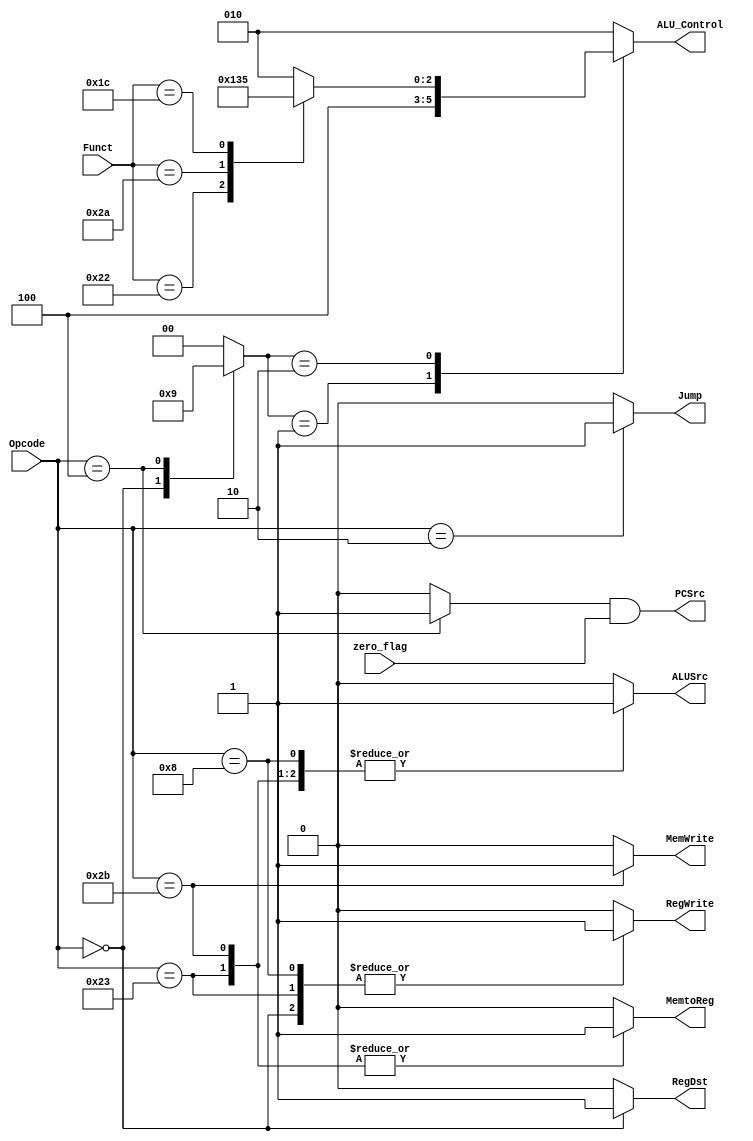
module Control_Unit (
    output reg  MemWrite,
    output reg  RegWrite,
    output reg  RegDst,
    output reg  ALUSrc,
    output reg  MemtoReg,
    output reg  PCSrc,
    output reg  Jump,
    output reg  [2:0] ALU_Control,
    input  wire [5:0] Opcode,
    input  wire [5:0] Funct,
    input  wire       zero_flag
);
    reg [1:0] ALUOp;
    reg Branch;

    always @(*) begin
        MemtoReg = 1'b0;
        MemWrite = 1'b0;
        Branch   = 1'b0;
        ALUSrc   = 1'b0;
        RegDst   = 1'b0;
        RegWrite = 1'b0;
        Jump     = 1'b0;
        ALUOp    = 2'b00;
        case (Opcode)
        6'b10_0011 : begin
            MemtoReg = 1'b1;
            RegWrite = 1'b1;
            ALUSrc   = 1'b1;
        end 
        6'b10_1011 : begin
            MemWrite = 1'b1;
            ALUSrc   = 1'b1;
            MemtoReg = 1'b1;
        end
         6'b00_0000 : begin
            RegWrite = 1'b1;
            RegDst   = 1'b1;
            ALUOp    = 2'b10;

        end
        6'b00_1000 : begin
            ALUSrc   = 1'b1;
            RegWrite = 1'b1;
        end
         6'b00_0100 : begin
            Branch   = 1'b1;
            ALUOp    = 2'b01;
        end
        6'b00_0010 : begin
            Jump = 1'b1;
        end
        default   : begin
            MemtoReg = 1'b0;
            MemWrite = 1'b0;
            Branch   = 1'b0;
            ALUSrc   = 1'b0;
            RegDst   = 1'b0;
            RegWrite = 1'b0;
            ALUOp    = 2'b00;
        end
    endcase
    end

    always @(*) begin
        case (ALUOp)
        2'b00 : ALU_Control = 3'b010;
        2'b01 : ALU_Control = 3'b100;
        2'b10 : begin
            case (Funct)
                6'b10_0000 : ALU_Control = 3'b010;
                6'b10_0010 : ALU_Control = 3'b100;
                6'b10_1010 : ALU_Control = 3'b110;
                6'b01_1100 : ALU_Control = 3'b101; 
                default :    ALU_Control = 3'b010;
            endcase
        end
        default: ALU_Control = 3'b010; 
    endcase
    end

    always @(*) begin
        PCSrc = Branch & zero_flag;
    end

endmodule